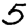
Digit: 5